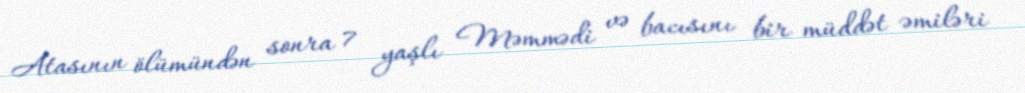
Atasının ölümündən sonra 7 yaşlı Məmmədi və bacısını bir müddət əmiləri